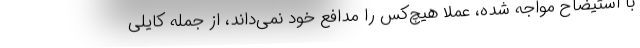
با استیضاح مواجه شده، عملا هیچ‌کس را مدافع خود نمی‌داند، از جمله کایلی